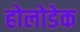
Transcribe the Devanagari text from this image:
होलोडेक